Report on vaccination in Madras 1877-1894 - 1877-1894
Year: 1877
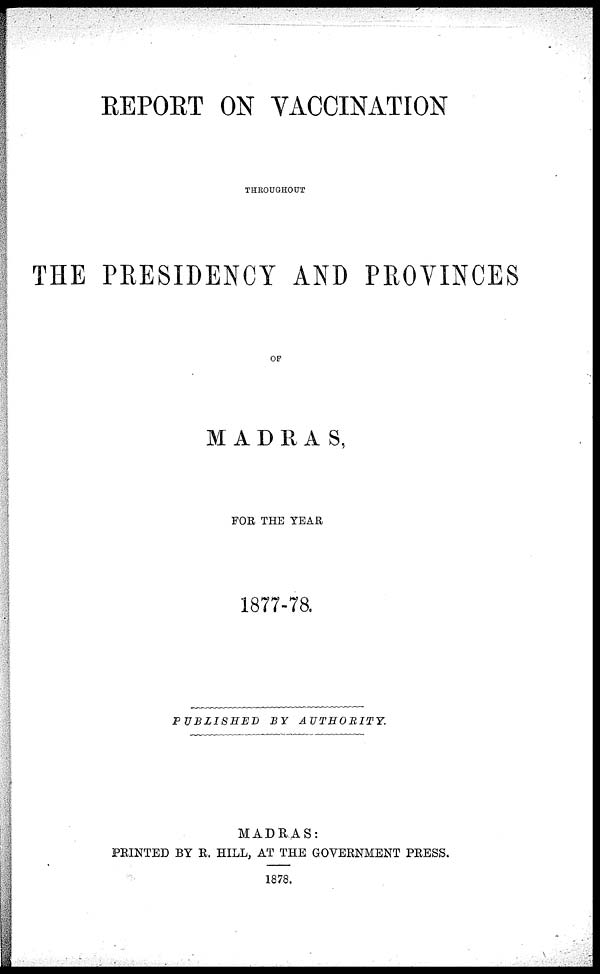
REPORT ON VACCINATION
THROUGHOUT
THE PRESIDENCY AND PROVINCES
OF
MADRAS,
FOR THE YEAR
1877-78.
PUBLISHED
BY
AUTHORITY.
MADRAS:
PRINTED BY R. HILL, AT THE GOVERNMENT PRESS.
1878.